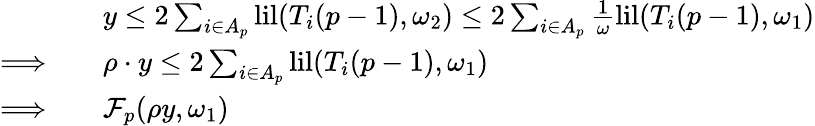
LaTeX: \begin{array}{rl}&{y\leq 2\sum_{i\in A_{p}}\mathrm{lil}(T_{i}(p-1),\omega_{2})\leq 2\sum_{i\in A_{p}}\frac{1}{\omega}\mathrm{lil}(T_{i}(p-1),\omega_{1})}\\ {\Longrightarrow\quad}&{\rho\cdot y\leq 2\sum_{i\in A_{p}}\mathrm{lil}(T_{i}(p-1),\omega_{1})}\\ {\Longrightarrow\quad}&{\mathcal{F}_{p}(\rho y,\omega_{1})}\end{array}